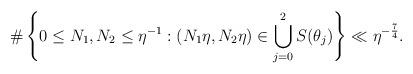
LaTeX: \begin{align*} \#\left\{0\leq N_1,N_2\leq \eta^{-1}:(N_1\eta,N_2\eta)\in \bigcup_{j=0}^2S(\theta_j)\right\}\ll \eta^{-\frac{7}{4}}.\end{align*}